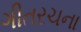
ગીતરચના